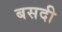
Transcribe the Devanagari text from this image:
बसदी